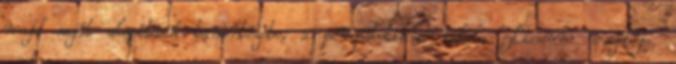
majd saját alapítású tanintézete, a peripatetikus iskola Líceum vezetője.